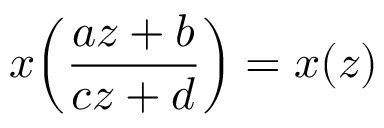
x \! \left( { \frac { a z + b } { c z + d } } \right) = x ( z )